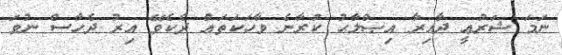
ނަމަ ޝަރުޢީ ދާއިރާ އިޞްލާޙު ކުރާނެ ވާހަކަތައް ދެކެވޭ އިރު ދެހާސް ނުވަ